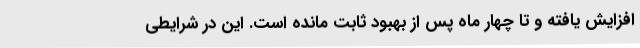
افزایش یافته و تا چهار ماه پس از بهبود ثابت مانده است. این در شرایطی